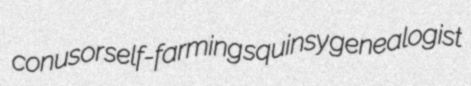
conusor self-farming squinsy genealogist